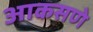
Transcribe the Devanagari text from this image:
आकसणे